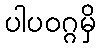
ပါပဝဂ္ဂမှိ